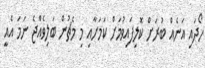
ހޯދައި އަނެއް ބުރަށް ކޮލިފައިވުމަށް ކަމަށާއި މި މެޗުން ބަލިވެއްޖެ ނަމަ އެއީ